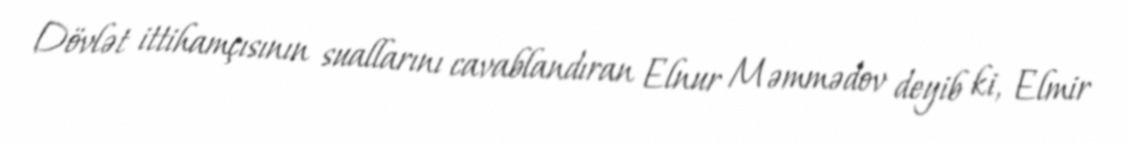
Dövlət ittihamçısının suallarını cavablandıran Elnur Məmmədov deyib ki, Elmir